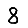
Digit: 8